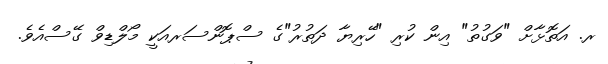
ރ. އަތޮޅާށް "ވަގުތު" އިން ކުރި "ހޭރިޔާ ދަތުރު"ގެ ސްޕޮންސަރއަކީ މޯލްޑިވް ގޭސްއެވެ.